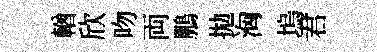
輶欣吻両鵬拋洶塢君